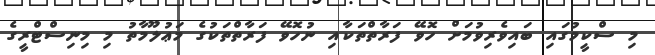
މި ސްކީމުގައި ބައިވެރިވުމަށް ހޮވޭ ފަރާތްތަކާއި ނުހޮވޭ ފަރާތްތަކުގެ މަޢުލޫމާތު މި މިނިސްޓްރީގެ